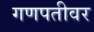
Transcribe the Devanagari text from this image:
गणपतीवर